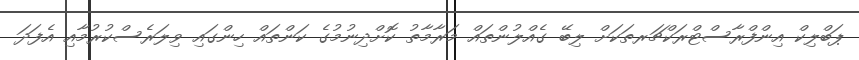
ޕަބްލިކް އިންފްރާސްޓްރަކްޗަރތަކަށް ލިބޭ ގެއްލުންތައް މަރާމާތު ކޮށްދިނުމުގެ ކަންތައް ހިންގައި ވިލަރެސްކުރުމާއި އެފަދަ